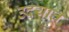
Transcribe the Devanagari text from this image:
उदयात्‌